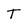
Character: T